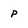
Character: p